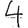
Digit: 4